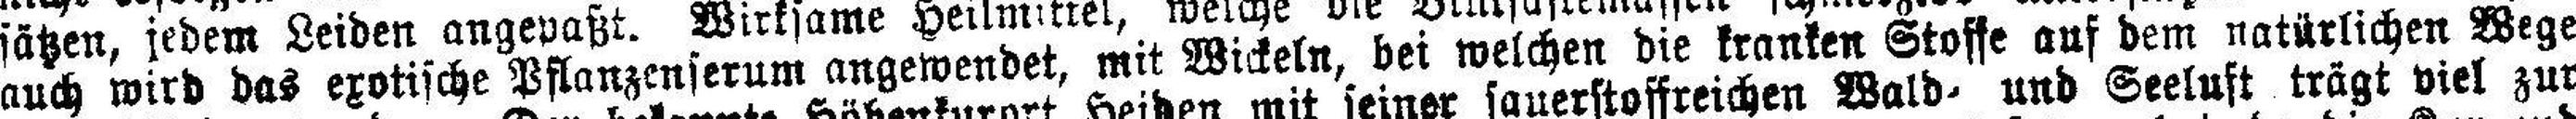
auch wird das exotische Pflanzenserum angewendet, mit Wickeln, bei welchen die kranken Stoffe auf dem natürlichen Wege